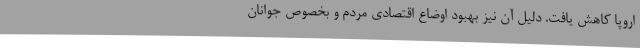
اروپا کاهش یافت. دلیل آن نیز بهبود اوضاع اقتصادی مردم و بخصوص جوانان